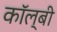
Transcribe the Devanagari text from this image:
कॉल्बी